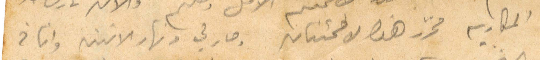
المكاريه محرر هذه للاطمئنان وصار لي من نهار الاثنين وانا في